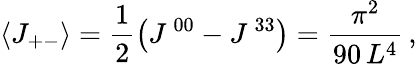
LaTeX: \langle J_{+-}\rangle=\frac{1}{2}\left(J^{\, 00}-J^{\, 33}\right)=\frac{\pi^{2}}{90\, L^{4}}\, ,